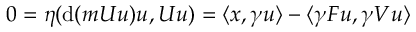
0 = \eta ( \mathrm { d } ( m \boldsymbol { U } u ) u , \boldsymbol { U } u ) = \langle x , \gamma u \rangle - \langle \gamma \boldsymbol { F } u , \gamma \boldsymbol { V } u \rangle